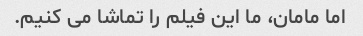
اما مامان، ما این فیلم را تماشا می کنیم.